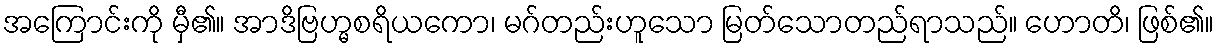
အကြောင်းကို မှီ၏။ အာဒိဗြဟ္မစရိယကော၊ မဂ်တည်းဟူသော မြတ်သောတည်ရာသည်။ ဟောတိ၊ ဖြစ်၏။